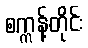
စက္ကန့်တိုင်း